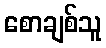
စောချစ်သူ